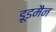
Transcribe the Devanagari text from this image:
डूडमैन